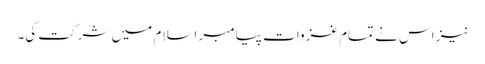
نیز اس نے تمام غزوات پیامبر اسلام میں شرکت کی۔